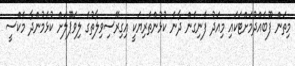
މިތަން ފޫބެއްދުމަށްޓަކައި މިއަދު ފެނިގެން ދާނެ ކުޅުންތެރިޔަކީ އިގިރޭސިވިލާތުގެ ލިވަޕޫލަށް ކުޅެމުންދާ މެކްސީ